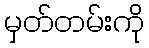
မှတ်တမ်းကို